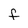
Character: f